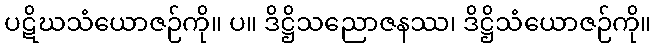
ပဋိဃသံယောဇဉ်ကို။ ပ။ ဒိဋ္ဌိသညောဇနဿ၊ ဒိဋ္ဌိသံယောဇဉ်ကို။